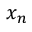
x _ { n }